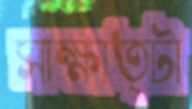
সাক্ষাত্টা